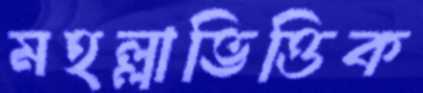
মহল্লাভিত্তিক